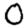
Digit: 0